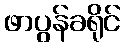
ဖာပွန်ခရိုင်